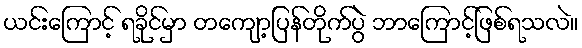
ယင်းကြောင့် ရခိုင်မှာ တကျော့ပြန်တိုက်ပွဲ ဘာကြောင့်ဖြစ်ရသလဲ။